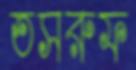
তসরুফ